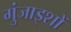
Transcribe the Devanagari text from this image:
गुंजाइशों